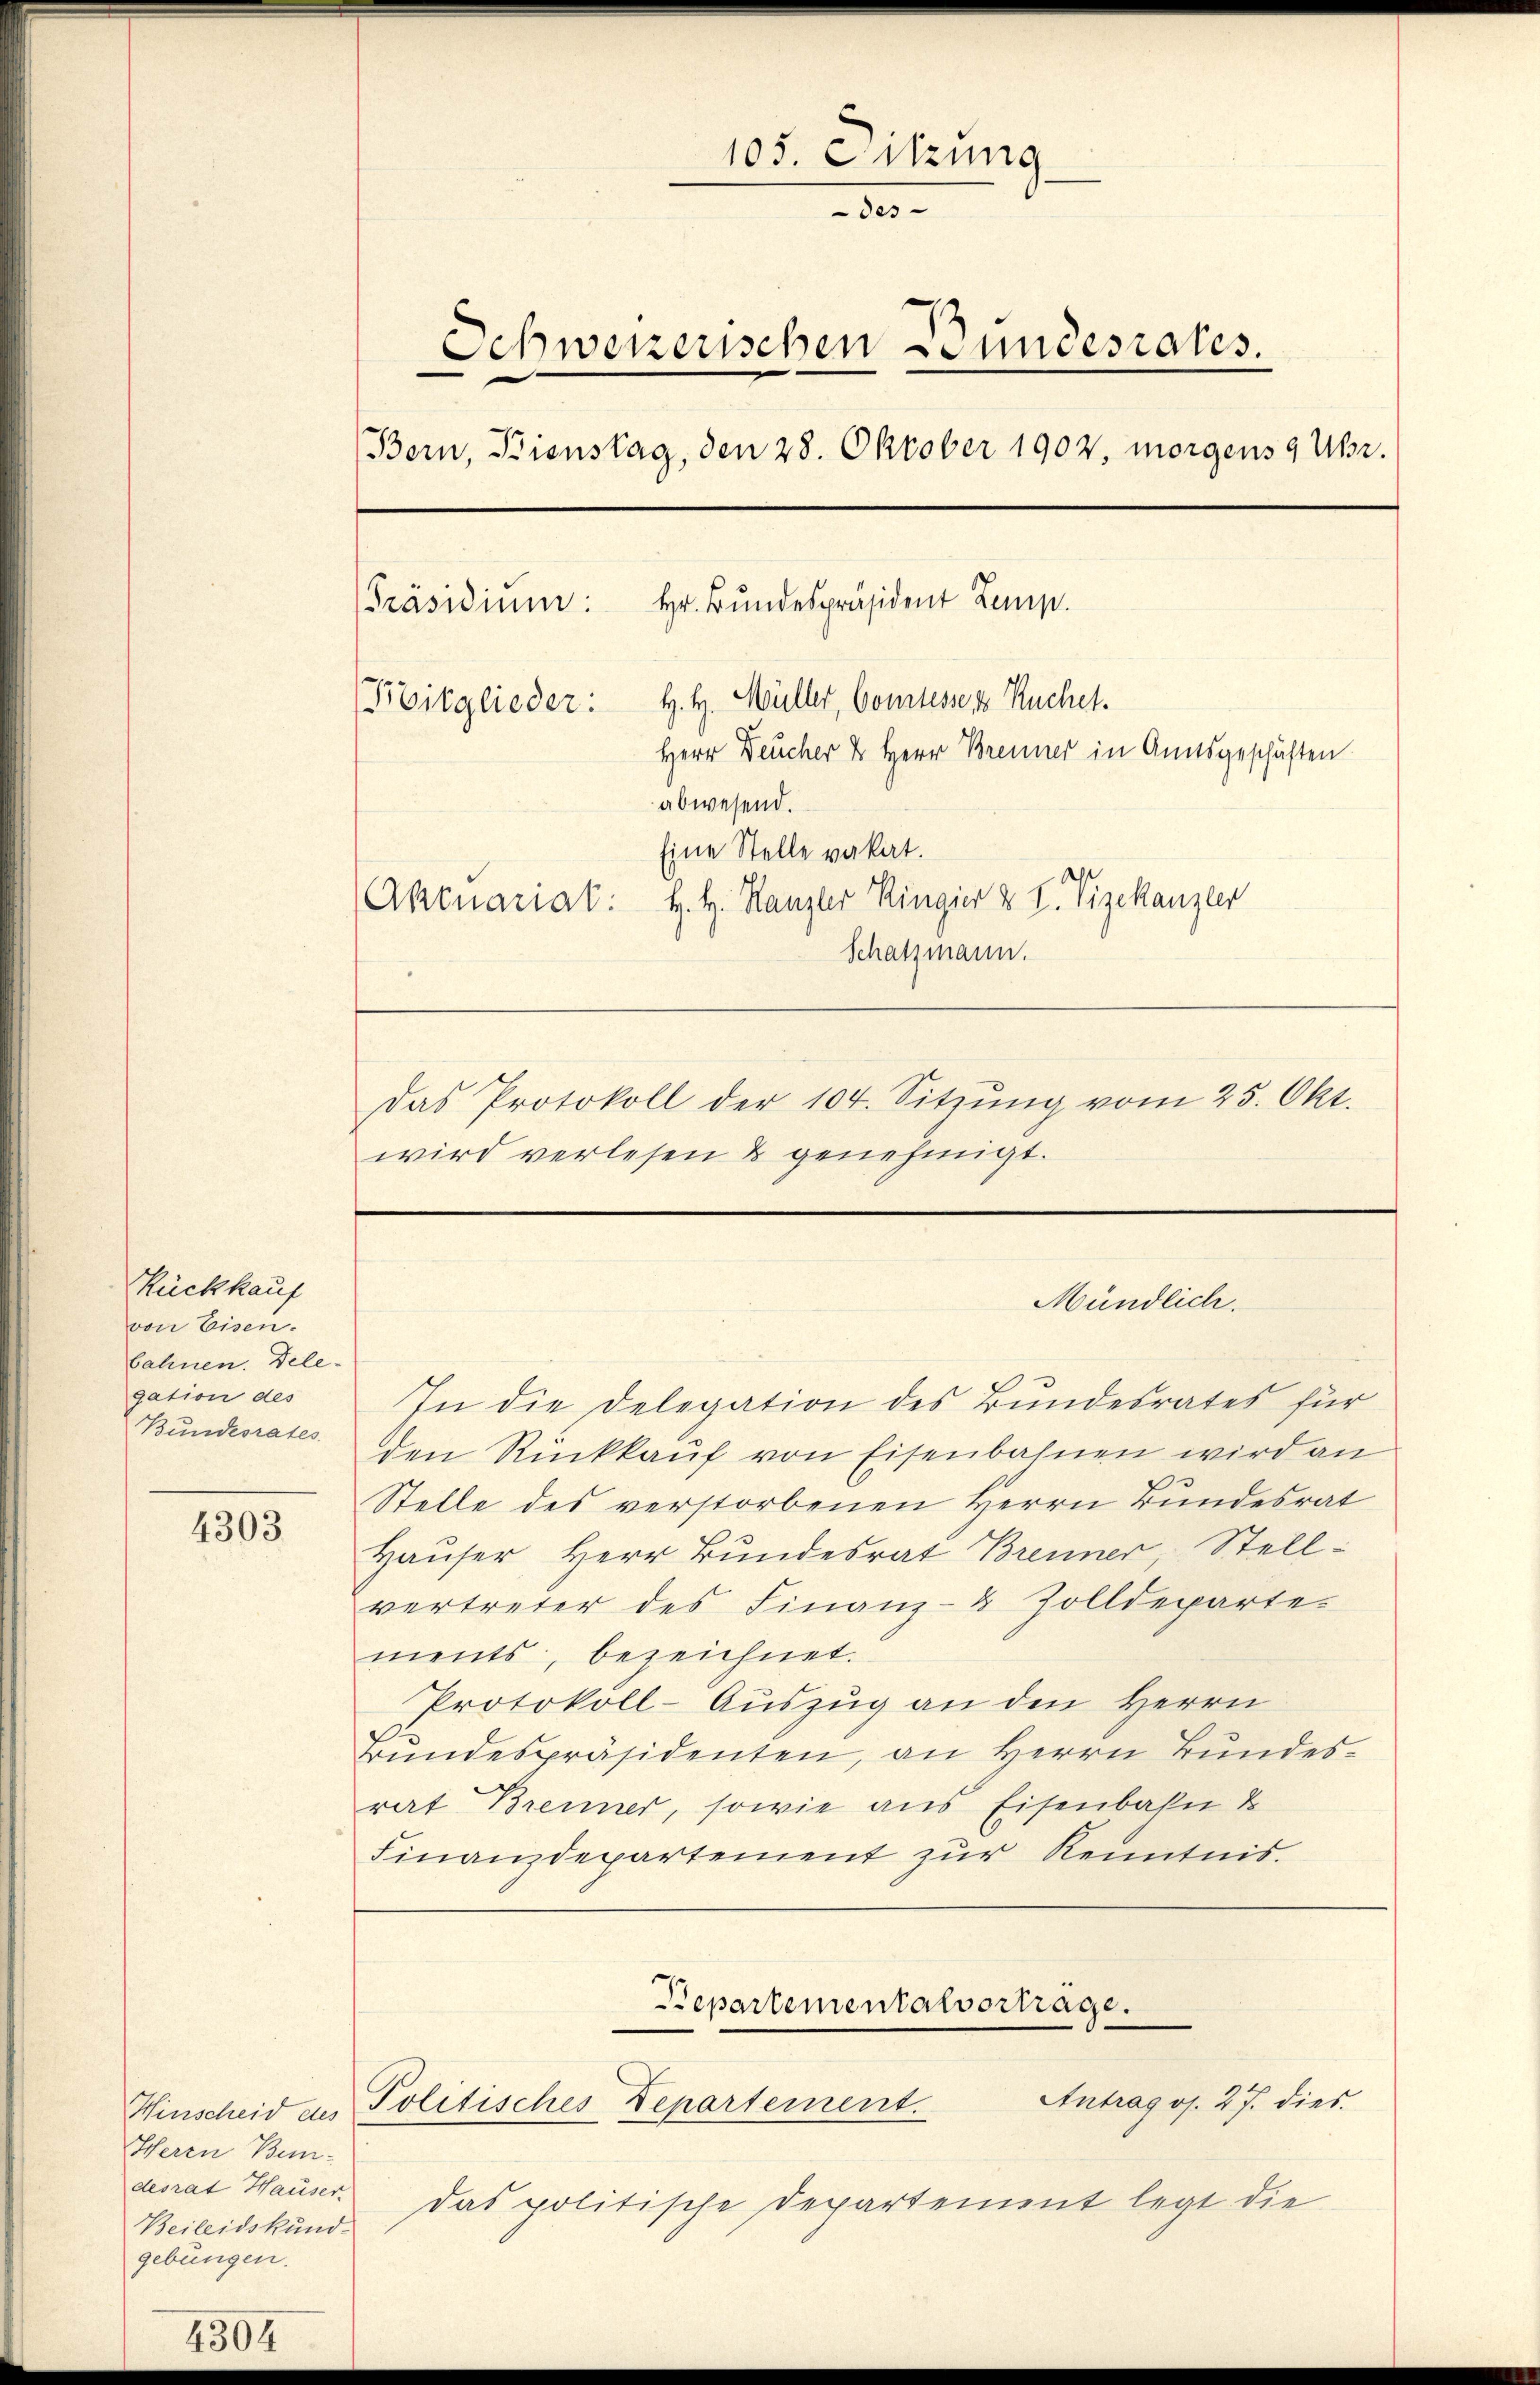
Rückkauf
von Eisen.
bahnen. Dele-
gation des
Bundesrates

4303

Hinscheid des
HHerrn Bun-
desrat Hauser.
Beileidskund-
gebungen.

105. Sitzung
30
Schwerzenschen Fundesrates.
(Bern, Bienstag, den 28. Oktober 1902, morgens 9 Uhr.
Hr. Bundespräsident Lemp.
Präsidium:
Boitglieder: H. H. Müller, Comtesser Kuchel¬
Herr Deucher & Herr Brenner in Amtsgeschäften
abwesend.
Eine Stelle vakat.
(Aktnariat: H. H. Hanzler Ringier & H. Vizekanzler
Schatzmann.
Das Protokoll der 104. Sitzŭng vom 25. Okt.
wird verlesen & genehmigt.

In die Delegation des Bundesrates für
den Rückkauf von Eisenbahnen wird an
Stelle des verstorbenen Herrn Bundesrat
Hauser Herr Bundesrat Brenner, Stellvertreter des Finanz-4 Zolldeparte-
ments, bezeichnet.
Protokoll-Auszug an den Herrn
rundespräsidenten, an Herrn Bundesrat Brenner, sowie aus Eisenbahn &
Finanzdepartement zŭr Kenntnis.

Mündlich.

Bepartementalvertrage.
Antrag os. 27. dies
Politisches Departement.

das politische Departement legt die